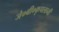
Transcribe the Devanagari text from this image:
जे०बी०कृपलानी